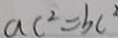
a c ^ { 2 } = b c ^ { 2 }